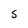
Character: S